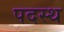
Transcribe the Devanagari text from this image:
पदस्‍थ